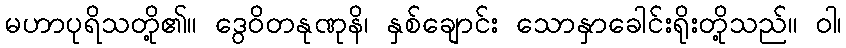
မဟာပုရိသတို့၏။ ဒွေဝိတနုဏုနိ၊ နှစ်ချောင်း သောနှာခေါင်းရိုးတို့သည်။ ဝါ၊